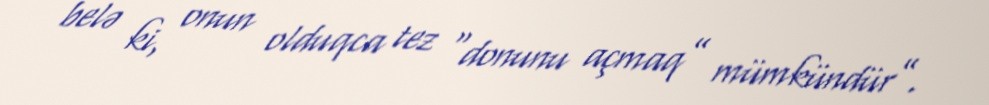
belə ki, onun olduqca tez “donunu açmaq” mümkündür”.